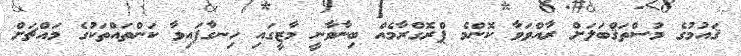
ޤައުމުގެ މުސްތަޤްބަލަށް ރާއްވަވާ ކޮންމެ ޕްރޮގްރާމެއް ބިނާވާނީ މާޒީގައި ހިނގާފައިވާ ކަންތައްތަކުގެ މައްޗަށް